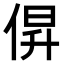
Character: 𫢰